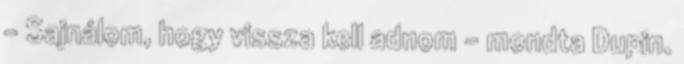
- Sajnálom, hogy vissza kell adnom - mondta Dupin.